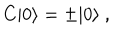
LaTeX: C | 0 \rangle = \pm | 0 \rangle \ ,